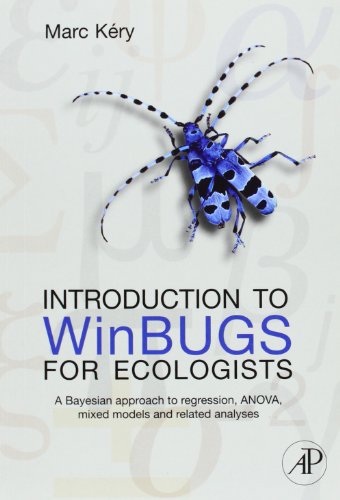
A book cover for Introduction to WinBUGS for Ecologists: Bayesian approach to regression, ANOVA, mixed models and related analyses; Marc Kery; Science & Math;